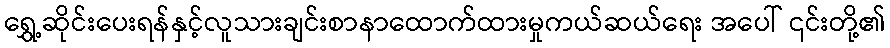
ရွှေ့ဆိုင်းပေးရန်နှင့်လူသားချင်းစာနာထောက်ထားမှုကယ်ဆယ်ရေး အပေါ် ၎င်းတို့၏